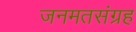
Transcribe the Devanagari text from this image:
जनमतसंग्रह